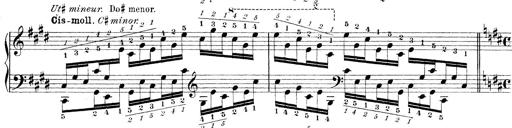
Title: Technische Studien
Composer: Franz Liszt